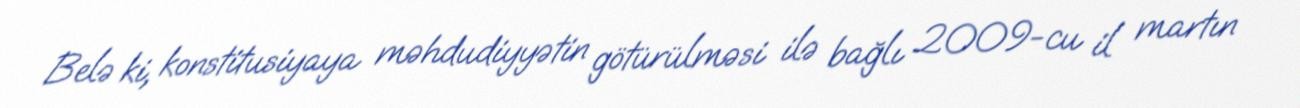
Belə ki, konstitusiyaya məhdudiyyətin götürülməsi ilə bağlı 2009-cu il martın